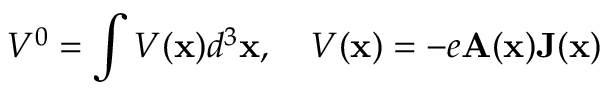
V ^ { 0 } = \int V ( { \bf x } ) d ^ { 3 } { \bf x } , \quad V ( { \bf x } ) = - e { \bf A } ( { \bf x } ) { \bf J } ( { \bf x } )